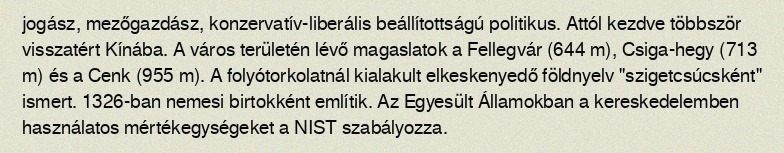
jogász, mezőgazdász, konzervatív-liberális beállítottságú politikus. Attól kezdve többször visszatért Kínába. A város területén lévő magaslatok a Fellegvár (644 m), Csiga-hegy (713 m) és a Cenk (955 m). A folyótorkolatnál kialakult elkeskenyedő földnyelv "szigetcsúcsként" ismert. 1326-ban nemesi birtokként említik. Az Egyesült Államokban a kereskedelemben használatos mértékegységeket a NIST szabályozza.